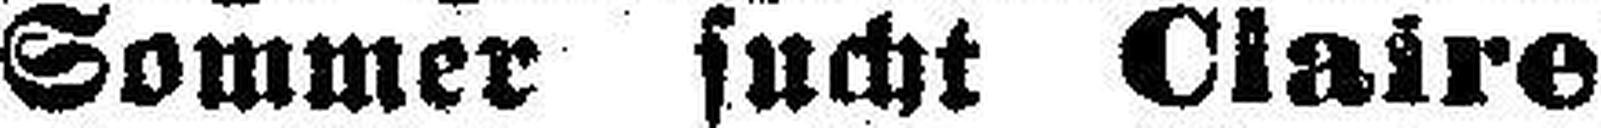
Sommer sucht Claire